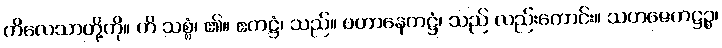
ကိလေသာတို့ကို။ ဟိ သစ္စံ၊ ၏။ ဧကဋ္ဌံ၊ သည်။ ပဟာနေကဋ္ဌံ၊ သည် လည်းကောင်း။ သဟဇေကဋ္ဌဉ္စ၊